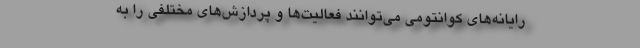
رایانه‌های کوانتومی می‌توانند فعالیت‌ها و پردازش‌های مختلفی را به